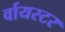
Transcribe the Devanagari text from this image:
र्वायस्टर